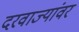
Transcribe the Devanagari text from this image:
दरवाज्यांवर